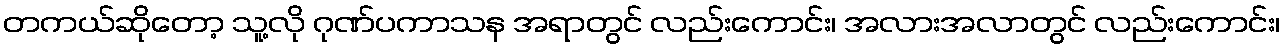
တကယ်ဆိုတော့ သူ့လို ဂုဏ်ပကာသန အရာတွင် လည်းကောင်း၊ အလားအလာတွင် လည်းကောင်း၊